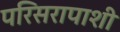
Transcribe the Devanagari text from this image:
परिसरापाशी